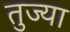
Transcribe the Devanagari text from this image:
तुज्या